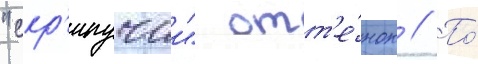
"скр'ипучии" отт'е́нок // По́